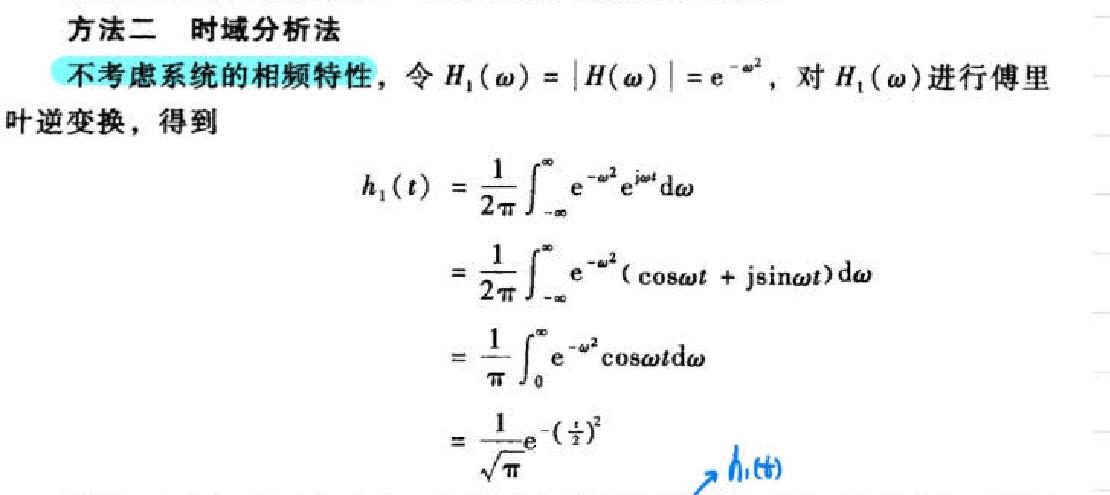
方法二 时域分析法不考虑系统的相频特性，令 \(H_1(\omega)=|H(\omega)| = e^{-\omega^2}\)，对 \(H_1(\omega)\)进行傅里叶逆变换，得到

\begin{align*}
h_1(t)&=\frac{1}{2\pi}\int_{-\infty}^{\infty}e^{-\omega^2}e^{j\omega t}d\omega\\
&=\frac{1}{2\pi}\int_{-\infty}^{\infty}e^{-\omega^2}(\cos\omega t + j\sin\omega t)d\omega\\
&=\frac{1}{\pi}\int_{0}^{\infty}e^{-\omega^2}\cos\omega td\omega\\
&=\frac{1}{\sqrt{\pi}}e^{-(\frac{t}{2})^2}
\end{align*}

\(\to h_1(t)\)